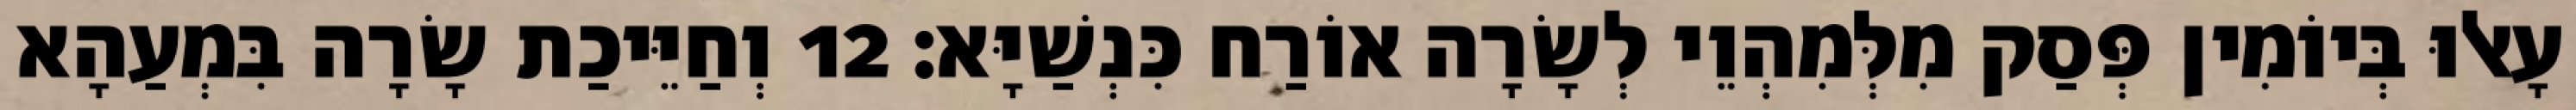
עָאלוּ בְּיוֹמִין פְּסַק מִלְּמִהְוֵי לְשָׂרָה אוֹרַח כִּנְשַׁיָּא׃ 12 וְחַיֵּיכַת שָׂרָה בִּמְעַהָא